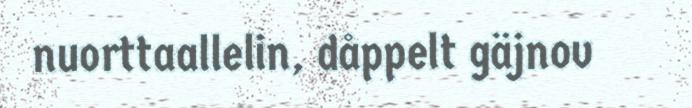
nuorttaallelin, dåppelt gäjnov